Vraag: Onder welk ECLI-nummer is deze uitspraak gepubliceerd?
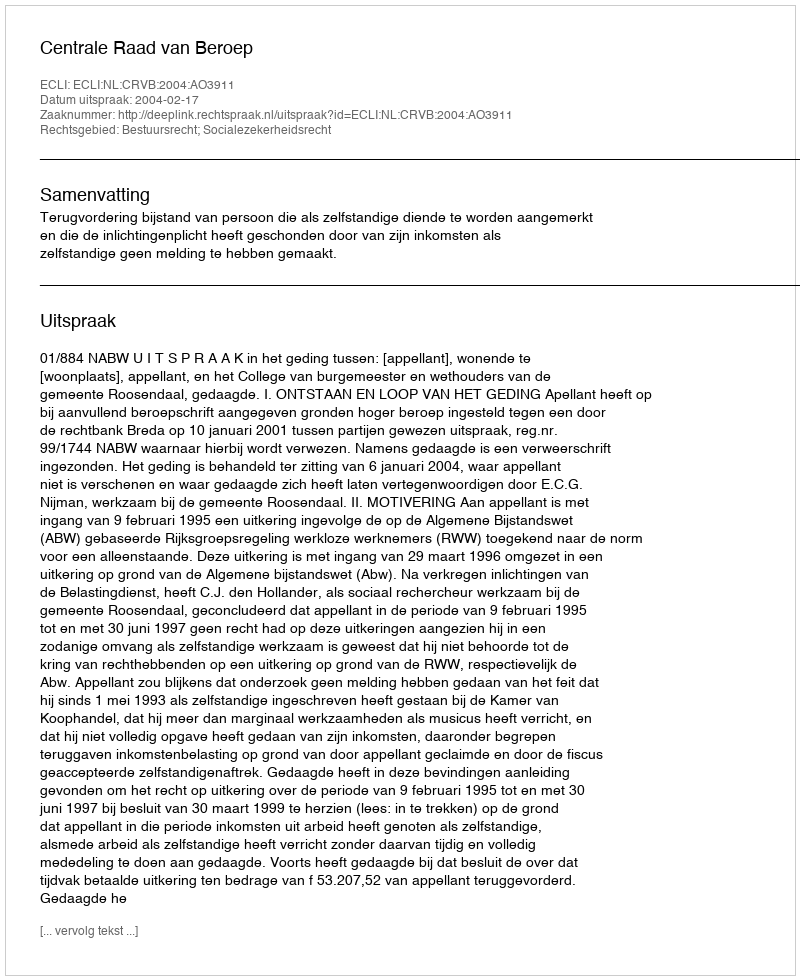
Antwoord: ECLI:NL:CRVB:2004:AO3911